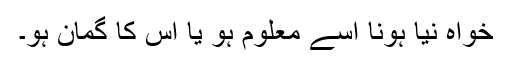
خواہ نیا ہونا اسے معلوم ہو یا اس کا گمان ہو۔